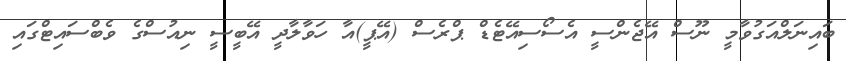
ބައިނަލްއަގުވާމީ ނޫސް އޭޖެންސީ އެސޯސިއޭޓެޑް ޕްރެސް (އޭޕީ)އާ ހަވާލާދީ އޭބީސީ ނިއުސްގެ ވެބްސައިޓްގައި